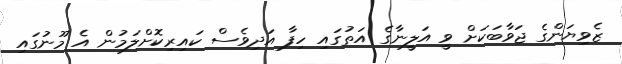
ޒެވިޔަންގެ ޖަވާބަކަށް ވީ އަލީނާގެ އަތުގައި ހިފާ އަދިވެސް ކައިރިކޮށްލަމުން އެ މޫނުގައި